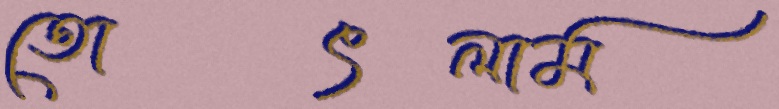
তোৎলাম